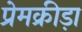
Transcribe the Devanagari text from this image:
प्रेमक्रीड़ा